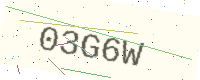
Text: 03G6W